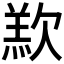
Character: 𣣵